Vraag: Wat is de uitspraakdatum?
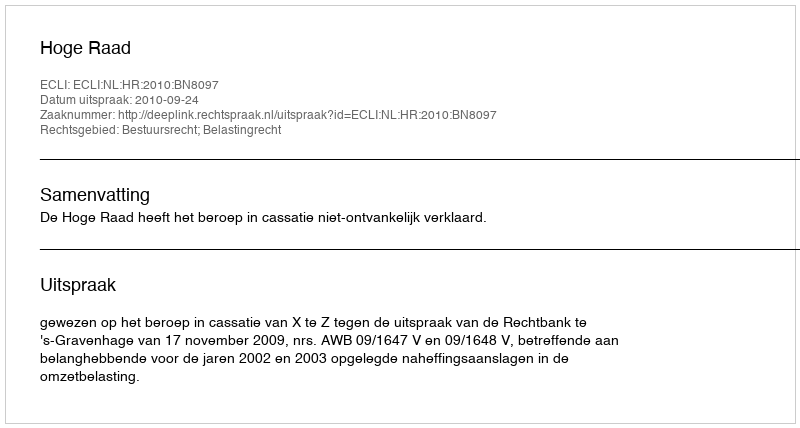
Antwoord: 2010-09-24